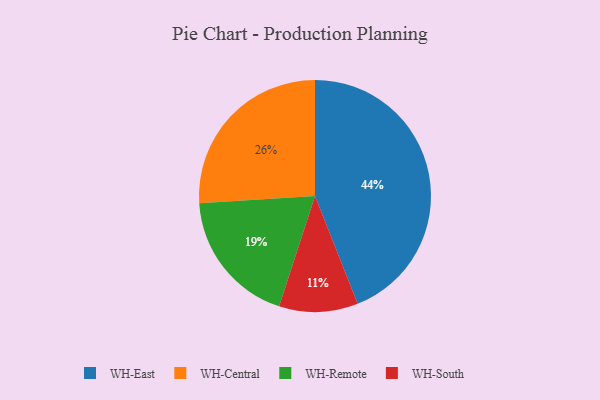
{"axis": {"x": "Category", "y": "Percentage"}, "legend": ["WH-Central", "WH-East", "WH-Remote", "WH-South"], "data": [{"x": "WH-Remote", "y": 19, "type": "WH-Remote"}, {"x": "WH-East", "y": 44, "type": "WH-East"}, {"x": "WH-Central", "y": 26, "type": "WH-Central"}, {"x": "WH-South", "y": 11, "type": "WH-South"}]}